Leaving Certificate Examination (including Day School Certificate (Higher) General paper), 1930
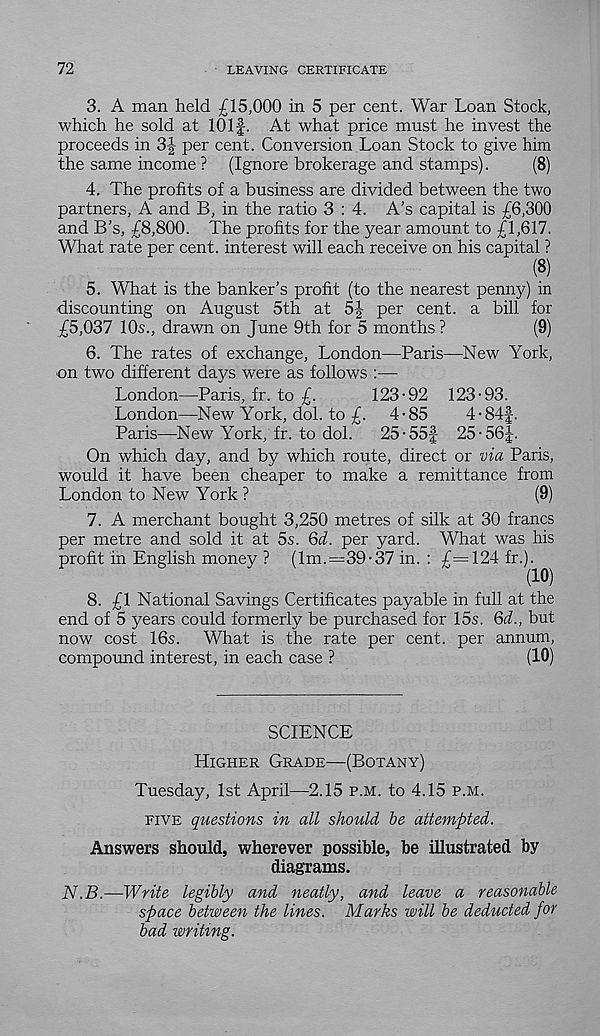
72
LEAVING CERTIFICATE
3. A man held £15,000 in 5 per cent. War Loan Stock,
which he sold at 101 f. At what price must he invest the
proceeds in 3| per cent. Conversion Loan Stock to give him
the same income ? (Ignore brokerage and stamps).
(8)
4. The profits of a business are divided between the two
partners, A and B, in the ratio 3 : 4. A’s capital is £6,300
and B’s, £8,800. The profits for the year amount to £1,617.
What rate per cent, interest will each receive on his capital ?
(8)
5. What is the banker’s profit (to the nearest penny) in
discounting on August 5th at 5-| per cent, a bill for
£5,037 10s., drawn on June 9th for 5 months?
(9)
6. The rates of exchange, London—Paris—New York,
-on two different days were as follows :—
London—Paris, fr. to £.
123-92 123-93.
London—New York, dol. to £. 4-85
4-84|.
Paris—New York, fr. to dol.
25-55f 25-56J.
On which day, and by which route, direct or via Paris,
would it have been cheaper to make a remittance from
London to New York ?
(9)
7. A merchant bought 3,250 metres of silk at 30 francs
per metre and sold it at 5s. Qd. per yard. What was his
profit in English money ? (1m.=39-37 in. : £=124 fr.).
8. £1 National Savings Certificates payable in full at the
end of 5 years could formerly be purchased for 15s. Qd., but
now cost 16s. What is the rate per cent, per annum,
compound interest, in each case ?
(10)
SCIENCE
Higher Grade—(Botany)
Tuesday, 1st April—2.15 p.m. to 4.15 p.m.
five questions in all should he attempted.
Answers should, wherever possible, be illustrated by
diagrams.
N.B.—Write legibly and neatly, and leave a reasonable
space between the lines. Marks will be deducted for
bad writing.